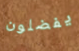
يفضلون